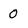
Character: 0